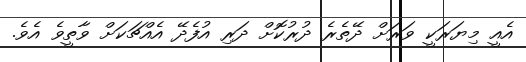
އެއީ މިޔަރަކީ ވަރަށް ދޭތެރެ ދުރުކޮށް ދަރި އުފެދޭ އެއްޗަކަށް ވާތީވެ އެވެ.